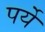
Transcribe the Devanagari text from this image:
पर्ये